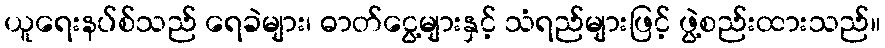
ယူရေးနပ်စ်သည် ရေခဲများ၊ ဓာတ်ငွေ့များနှင့် သံရည်များဖြင့် ဖွဲ့စည်းထားသည်။